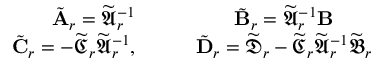
\begin{array} { c c } { \tilde { { { \textbf A } } } _ { r } = \widetilde { \mathfrak { { A } } } _ { r } ^ { - 1 } } & { \tilde { { { \textbf B } } } _ { r } = \widetilde { \mathfrak { { A } } } _ { r } ^ { - 1 } { \textbf B } } \\ { \tilde { { { \textbf C } } } _ { r } = - \widetilde { \mathfrak { { C } } } _ { r } \widetilde { \mathfrak { { A } } } _ { r } ^ { - 1 } , \qquad } & { \tilde { { { \textbf D } } } _ { r } = \widetilde { \mathfrak { { D } } } _ { r } - \widetilde { \mathfrak { { C } } } _ { r } \widetilde { \mathfrak { { A } } } _ { r } ^ { - 1 } \widetilde { \mathfrak { { B } } } _ { r } } \end{array}